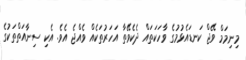
މިނިމަމް ވޭޖް ކަނޑައެޅުމުގެ ވާހަކަތައް ދެކެވޭތާ އަހަރުތަކެއް ވެއްޖެ އެވެ. އެކި ސިނާއަތްތަކުގެ